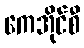
ကေအိုင်စီ